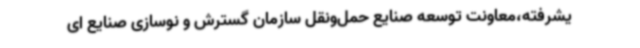
یشرفته،معاونت توسعه صنایع حمل‌ونقل سازمان گسترش و نوسازی صنایع ای